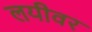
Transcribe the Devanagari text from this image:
लयीवर